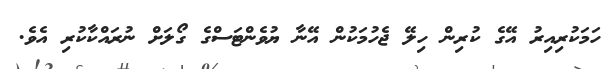
ހަމަކުރިއިރު އޭގެ ކުރިން ހިލޭ ޖެހުމަކުން އޭނާ ޔުވެންޓަސްގެ ގޯލަށް ނުރައްކާކުރި އެވެ.